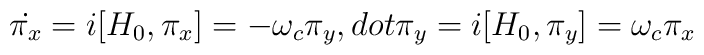
\dot{\pi_x}=i[H_0,\pi_x]=-\omega_c \pi_y, \ \\dot{\pi_y}=i[H_0,\pi_y]=\omega_c \pi_x